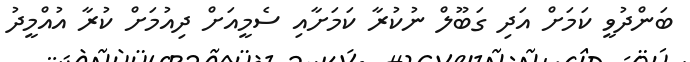
ބަންދުވީ ކަމަށް އަދި ގަބޫލް ނުކުރާ ކަމަށާއި ސެމީއަށް ދިއުމަށް ކުރާ އުއްމީދު